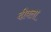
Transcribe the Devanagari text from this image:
दीवला